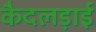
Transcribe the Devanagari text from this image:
कैदलड़ाई